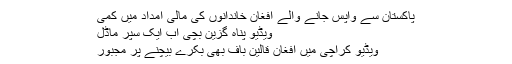
پاکستان سے واپس جانے والے افغان خاندانوں کی مالی امداد میں کمی
ویڈیو پناہ گزین بچی اب ایک سپر ماڈل
ویڈیو کراچی میں افغان قالین باف بھی بکرے بیچنے پر مجبور